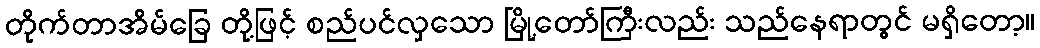
တိုက်တာအိမ်ခြေ တို့ဖြင့် စည်ပင်လှသော မြို့တော်ကြီးလည်း သည်နေရာတွင် မရှိတော့။